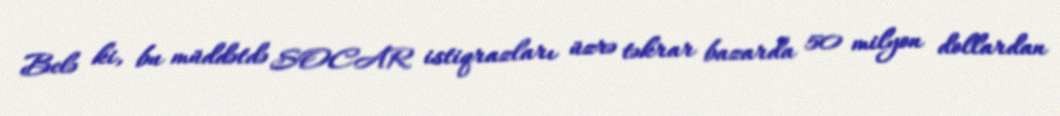
Belə ki, bu müddətdə SOCAR istiqrazları üzrə təkrar bazarda 50 milyon dollardan